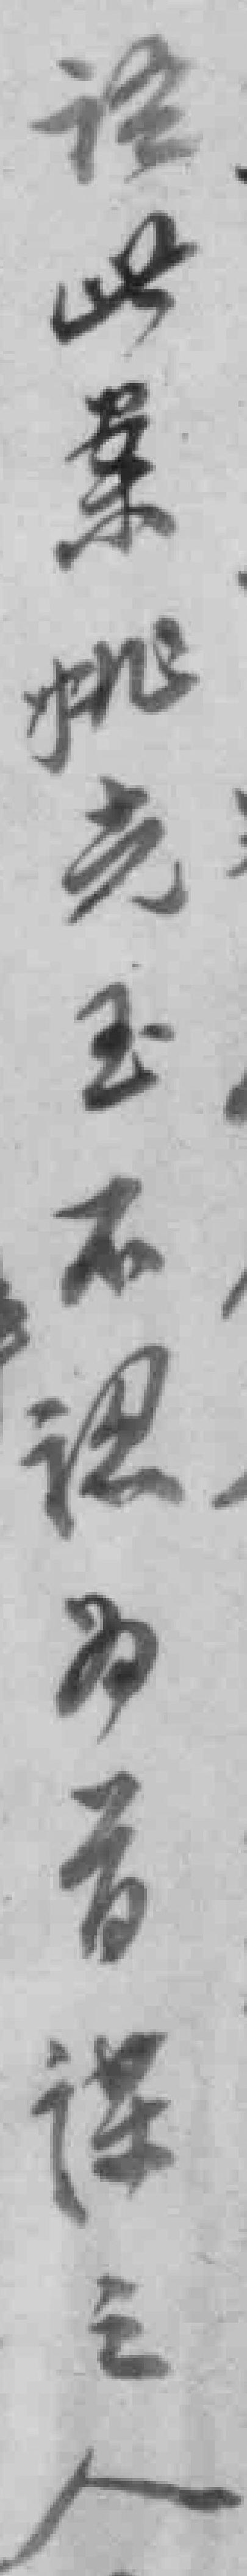
*此案姚光玉不認为首谋之人